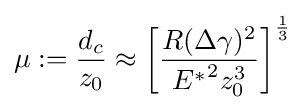
\mu :={\frac {d_{c}}{z_{0}}}\approx \left[{\frac {R(\Delta \gamma )^{2}}{{E^{*}}^{2}z_{0}^{3}}}\right]^{\frac {1}{3}}